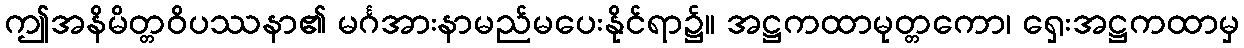
ဤအနိမိတ္တဝိပဿနာ၏ မင်္ဂအားနာမည်မပေးနိုင်ရာ၌။ အဋ္ဌကထာမုတ္တကော၊ ရှေးအဋ္ဌကထာမှ